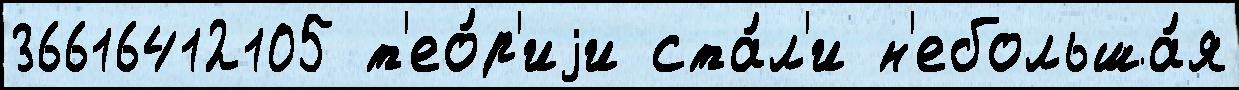
36616412105 т'ео́р'иjи ста́л'и н'ебольша́я